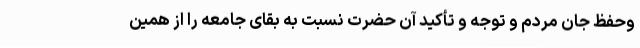
وحفظ جان مردم و توجه و تأکید آن حضرت نسبت به بقای جامعه را از همین